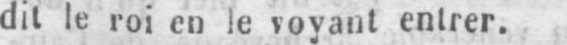
dit le roi en le voyant entrer.